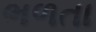
ભળતા